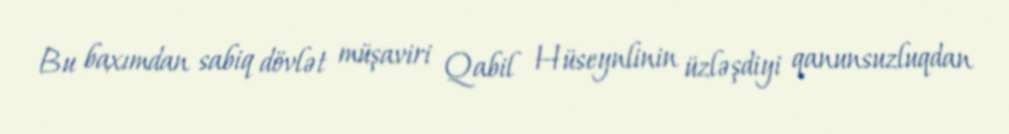
Bu baxımdan sabiq dövlət müşaviri Qabil Hüseynlinin üzləşdiyi qanunsuzluqdan